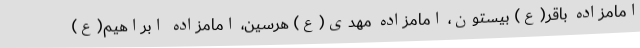
امامزاده باقر(ع) بیستون، امامزاده مهدی(ع) هرسین، امامزاده ابراهیم(ع)